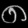
Digit: ၈